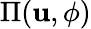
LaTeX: \Pi(\mathbf{u},\phi)